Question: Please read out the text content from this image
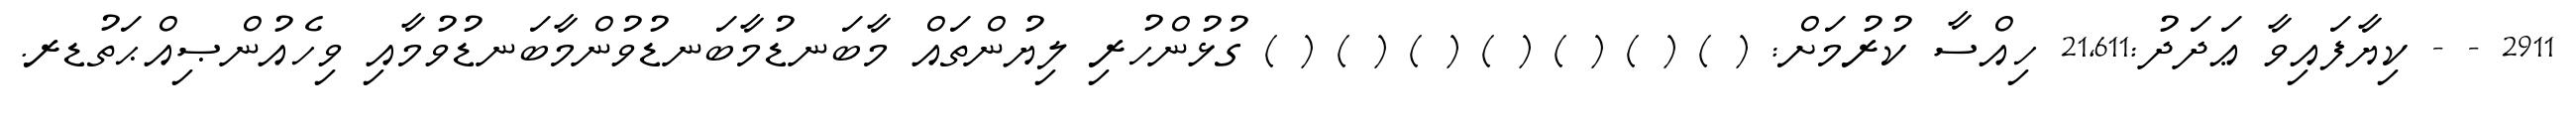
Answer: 2911 - - ކިޔާފައިވާ ޢަދަދު:21,611 ހިއްސާ ކުރުމަށް: ( ) ( ) ( ) ( ) ( ) ( ) ( ) ގުޅުންހުރި ލިޔުންތައް މާބަނޑުމާބަނޑުވުންމާބަނޑުވުމާއި ވިހެއުންޞިއްޙަތުޑރ.